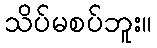
သိပ်မစပ်ဘူး။